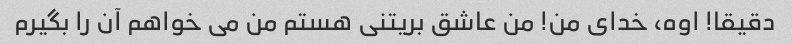
دقیقا! اوه، خدای من! من عاشق بریتنی هستم من می خواهم آن را بگیرم